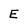
Character: E